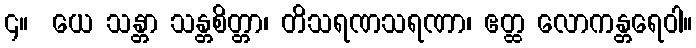
၄။  ယေ သန္တာ သန္တစိတ္တာ၊ တိသရဏသရဏာ၊ ဧတ္ထ လောကန္တရေဝါ။